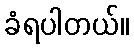
ခံရပါတယ်။